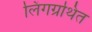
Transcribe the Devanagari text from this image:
लिंगग्रथित